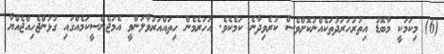
(6) މިކަމަކީ މާބޮޑު އިތުރުހަރަދުތަކެއްނުކޮށްވެސް ކުރެވިދާނެ ކަމެކެވެ. އަހަރެމެން ހިތައްއަރުވާލަންވީ އެމަޖެންސީކަމެއްގައި ގުޅަންޖެހިއްޖެއްޔާ